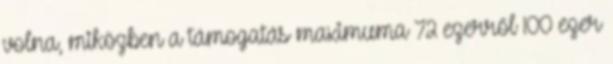
volna, miközben a támogatás maximuma 72 ezerről 100 ezer